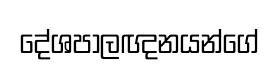
දේශපාලඥනයන්ගේ